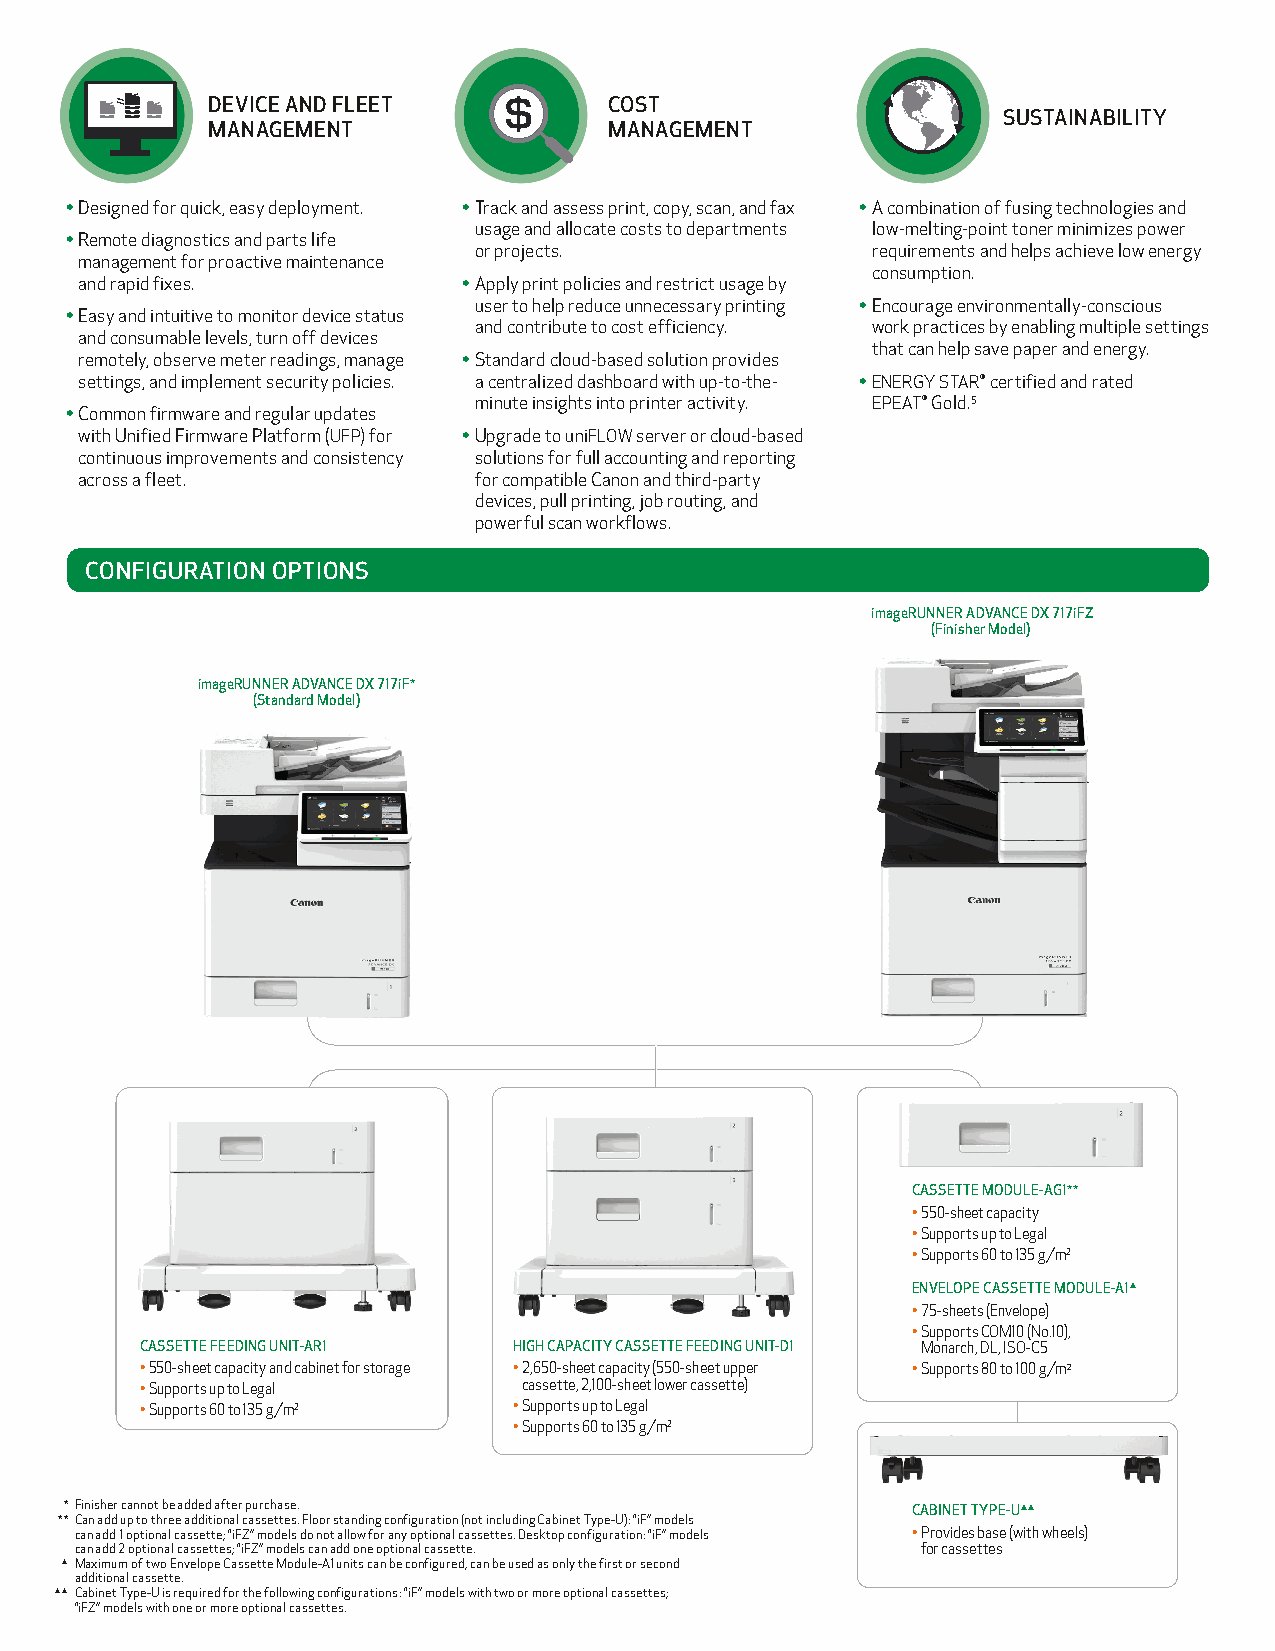
DEVICE AND FLEET          COST
 SUSTAINABILITY
 MANAGEMENT                MANAGEMENT
 • Designed for quick, easy deployment. • Track and assess print, copy, scan, and fax • A combination of fusing technologies and
 usage and allocate costs to departments low-melting-point toner minimizes power
 • Remote diagnostics and parts life
 or projects.               requirements and helps achieve low energy
 management for proactive maintenance
 consumption.
 and rapid fixes.          • Apply print policies and restrict usage by
 user to help reduce unnecessary printing • Encourage environmentally-conscious
 • Easy and intuitive to monitor device status
 and contribute to cost efficiency. work practices by enabling multiple settings
 and consumable levels, turn off devices
 that can help save paper and energy.
 remotely, observe meter readings, manage • Standard cloud-based solution provides
 settings, and implement security policies. a centralized dashboard with up-to-the- • ENERGY STAR® certified and rated
 minute insights into printer activity. EPEAT® Gold.5
 • Common firmware and regular updates
 with Unified Firmware Platform (UFP) for • Upgrade to uniFLOW server or cloud-based
 continuous improvements and consistency solutions for full accounting and reporting
 across a fleet.           for compatible Canon and third-party
 devices, pull printing, job routing, and
 powerful scan workflows.
 CONFIGURATION OPTIONS
 imageRUNNER ADVANCE DX 717iFZ
 (Finisher Model)
 imageRUNNER ADVANCE DX 717iF*
 (Standard Model)
 CASSETTE MODULE-AG1**
 • 5 50-sheet capacity
 • S upports up to Legal
 • S upports 60 to 135 g/m2
 ENVELOPE CASSETTE MODULE-A1▲
 • 7 5-sheets (Envelope)
 • Supports COM10 (No.10),
 CASSETTE FEEDING UNIT-AR1 HIGH CAPACITY CASSETTE FEEDING UNIT-D1 Monarch, DL, ISO-C5
 • 5 50-sheet capacity and cabinet for storage • 2 ,650-sheet capacity (550-sheet upper • S upports 80 to 100 g/m2
 • S upports up to Legal   cassette, 2,100-sheet lower cassette)
 • S upports 60 to 135 g/m2 • S upports up to Legal
 • S upports 60 to 135 g/m2
 * Finisher cannot be added after purchase.              CABINET TYPE-U▲▲
 ** C an add up to three additional cassettes. Floor standing configuration (not including Cabinet Type-U): “iF” models
 can add 1 optional cassette; “iFZ” models do not allow for any optional cassettes. Desktop configuration: “iF” models • Provides base (with wheels)
 can add 2 optional cassettes; “iFZ” models can add one optional cassette. for cassettes
 ▲ Maximum of two Envelope Cassette Module-A1 units can be configured, can be used as only the first or second
 additional cassette.
 ▲▲ Cabinet Type-U is required for the following configurations: “iF” models with two or more optional cassettes;
 “iFZ” models with one or more optional cassettes.